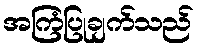
အကြံပြုချက်သည်